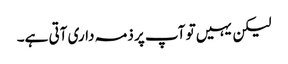
لیکن یہیں تو آپ پر ذمہ داری آتی ہے۔